Madras plague regulations and rules for district municipalities and other towns and villages
Disease focus: Plague
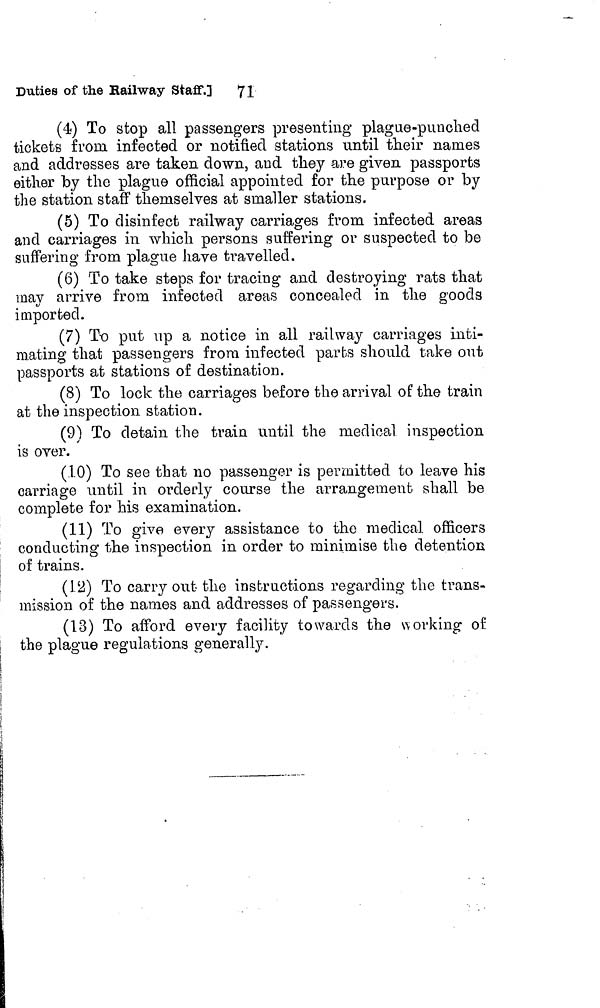
Duties of the Railway Staff.]
71
(4) To stop all passengers presenting plague-punched
tickets from infected or notified stations until their names
and addresses are taken down, and they are given passports
either by the plague official appointed for the purpose or by
the station staff themselves at smaller stations.
(5) To disinfect railway carriages from infected areas
and carriages in which persons suffering or suspected to be
suffering from plague have travelled.
(6) To take steps for tracing and destroying rats that
may arrive from infected areas concealed in the goods
imported.
(7) To put up a notice in all railway carriages inti-
mating that passengers from infected parts should take out
passports at stations of destination.
(8) To lock the carriages before the arrival of the train
at the inspection station.
(9) To detain the train until the medical inspection
is over.
(1.0) To see that no passenger is permitted to leave his
carriage until in orderly course the arrangement shall be
complete for his examination.
(11) To give every assistance to the medical officers
conducting the inspection in order to minimise the detention
of trains.
(12) To carry out the instructions regarding the trans-
mission of the names and addresses of passengers.
(13) To afford every facility towards the working of
the plague regulations generally.